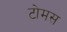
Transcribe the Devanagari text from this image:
टोमस